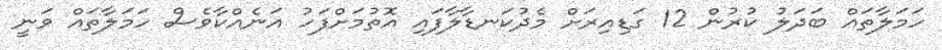
ހަމަލާތައް ބަދަލު ކުރުން 12 ގަޑިއިރަށް މެދުކަނޑާލާފައި އޮތުމަށްފަހު އަނެއްކާވެސް ހަމަލާތައް ވަނީ